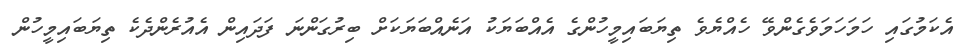
އެކަމުގައި ހަމަހަމަވެގެންވޭ ހެއްޔެވެ ތިޔަބައިމީހުންގެ އެއްބަޔަކު އަނެއްބަޔަކަށް ބިރުގަންނަ ފަދައިން އެއުރެންދެކެ ތިޔަބައިމީހުން